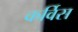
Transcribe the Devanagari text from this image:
कर्विस